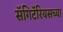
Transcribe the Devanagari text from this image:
सॅगिटॅरियसच्या